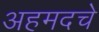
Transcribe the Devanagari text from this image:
अहमदचे